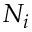
N _ { i }